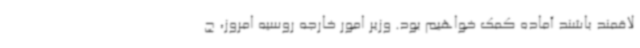
لاقمند باشند آماده کمک خواهیم بود. وزیر امور خارجه روسیه امروز، چ